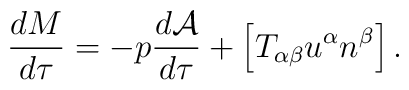
\frac{dM}{d\tau} = - p \frac{d{\cal A}}{d\tau} +	\left[ T_{\alpha \beta} u^\alpha n^\beta \right] .